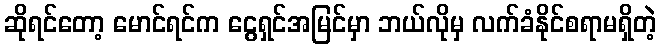
ဆိုရင်တော့ မောင်ရင်က ငွေရှင်အမြင်မှာ ဘယ်လိုမှ လက်ခံနိုင်စရာမရှိတဲ့